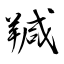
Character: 羬